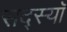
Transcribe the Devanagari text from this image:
सद्स्यॉ